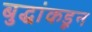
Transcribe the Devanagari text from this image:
बुद्धांकडून